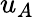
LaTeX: u_{A}